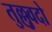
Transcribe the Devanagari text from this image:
तुल्लुवदो